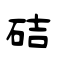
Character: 硈